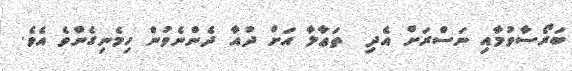
ބަރޯސާވުމާއި ނަސްރަށް އެދި  ތަޢާލާ އަށް ދުއާ ދެންނެވުން ހިމެނިގެންވެ އެވެ.